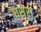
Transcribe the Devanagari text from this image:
घसेरा